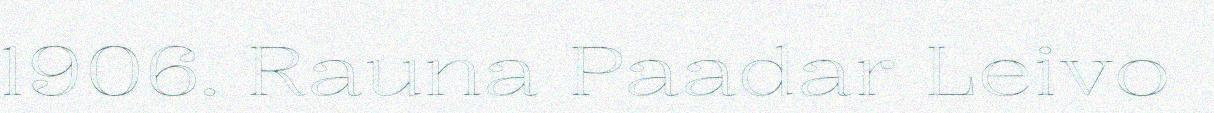
1906. Rauna Paadar Leivo